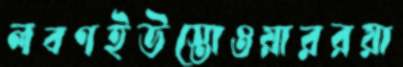
লবণইউস্তোওয়াররয়া